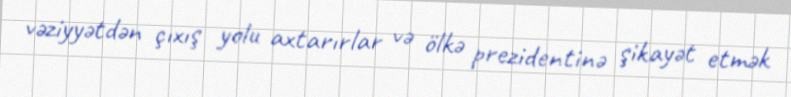
vəziyyətdən çıxış yolu axtarırlar və ölkə prezidentinə şikayət etmək